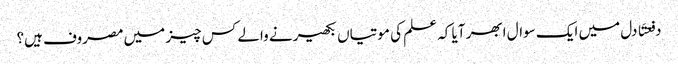
دفعتَا دل میں ایک سوال ابھر آیا کہ علم کی موتیاں بکھیرنے والے کس چیز میں مصروف ہیں؟